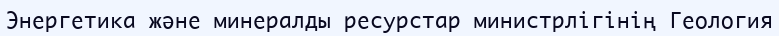
Энергетика және минералды ресурстар министрлігінің Геология